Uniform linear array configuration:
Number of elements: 48
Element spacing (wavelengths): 0.25
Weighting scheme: uniform
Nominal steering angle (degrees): -60
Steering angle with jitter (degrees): -61.604
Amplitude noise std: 0.05
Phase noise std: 0.05

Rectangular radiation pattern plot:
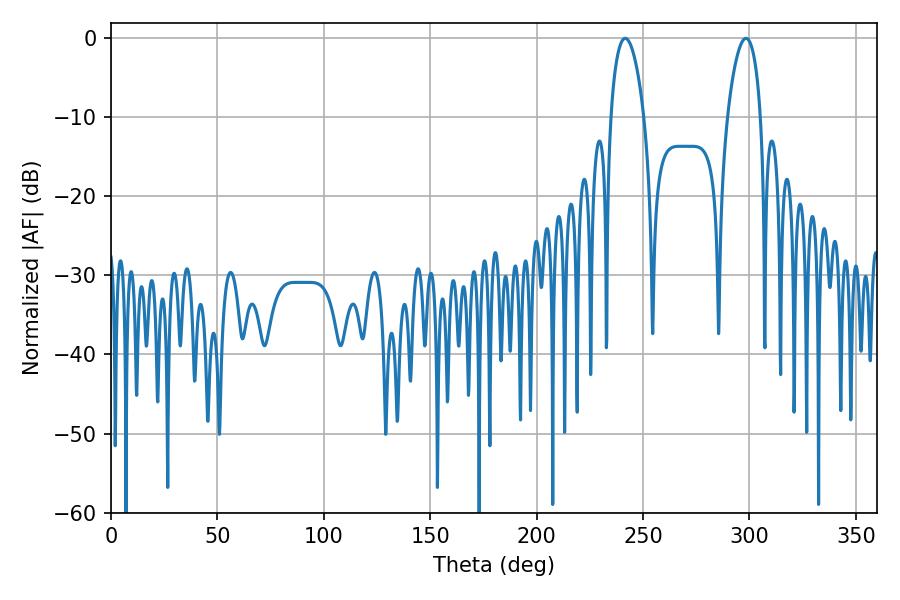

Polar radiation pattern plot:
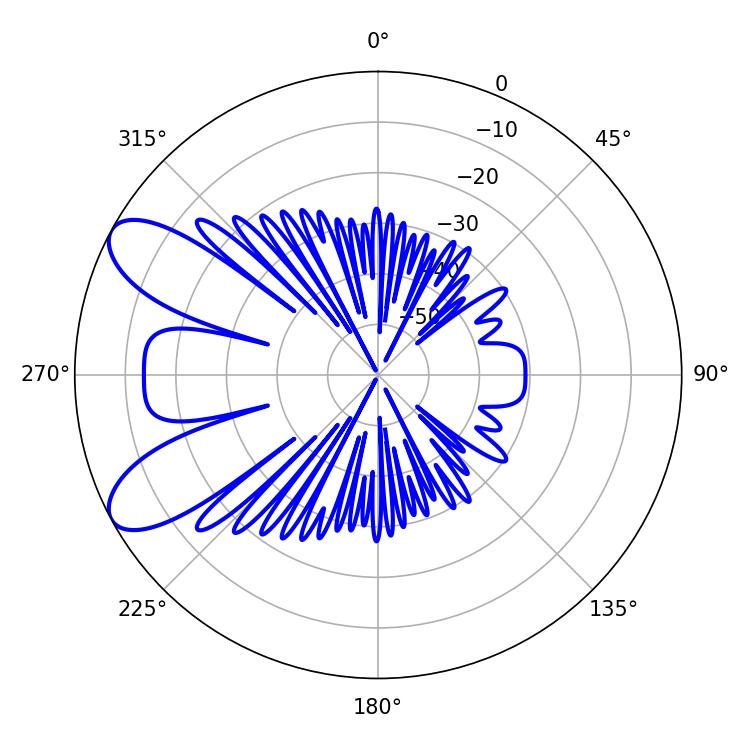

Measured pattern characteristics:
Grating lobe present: FALSE
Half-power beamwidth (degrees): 8.82
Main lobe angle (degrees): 241.56